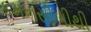
કમનસીબીથી